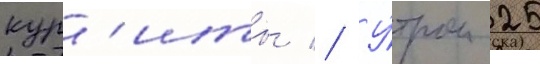
кур'иты // У́тром 25